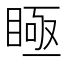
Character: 𥈂